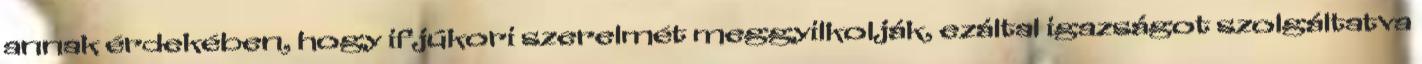
annak érdekében, hogy ifjúkori szerelmét meggyilkolják, ezáltal igazságot szolgáltatva